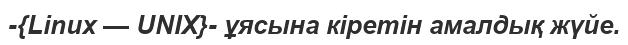
-{Linux — UNIX}- ұясына кіретін амалдық жүйе.